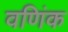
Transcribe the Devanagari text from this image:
वणिंक